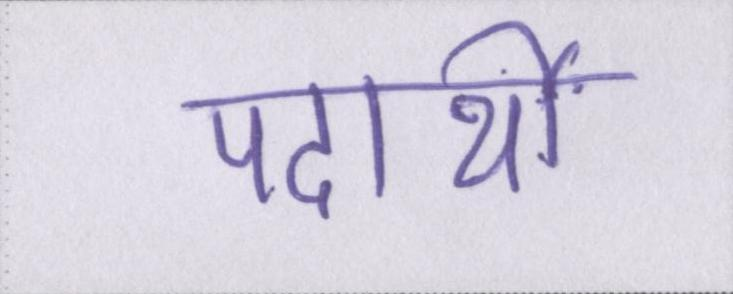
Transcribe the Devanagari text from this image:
पदार्थों